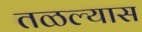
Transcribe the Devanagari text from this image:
तळल्यास